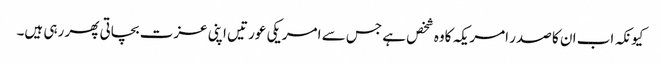
کیونکہ اب ان کا صدر امریکہ کاوہ شخص ہے جس سے امریکی عورتیں اپنی عزت بچاتی پھر رہی ہیں۔